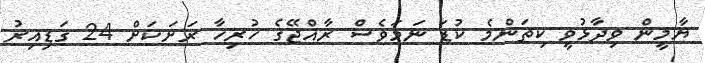
ޔާމީން ވިދާޅުވީ ކިތަންމެ ކުޑަ ނަމަވެސް ރާއްޖޭގެ ހުރިހާ ރަށަކަށް 24 ގަޑިއިރު